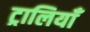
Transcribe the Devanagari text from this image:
ट्रालियाँ